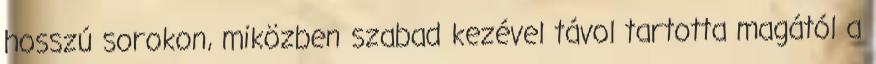
hosszú sorokon, miközben szabad kezével távol tartotta magától a